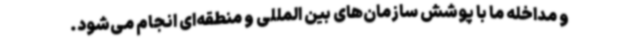
و مداخله ما با پوشش سازمان‌های بین المللی و منطقه‌ای انجام می‌شود.